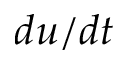
d u / d t